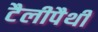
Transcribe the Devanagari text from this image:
टैलीपैथी